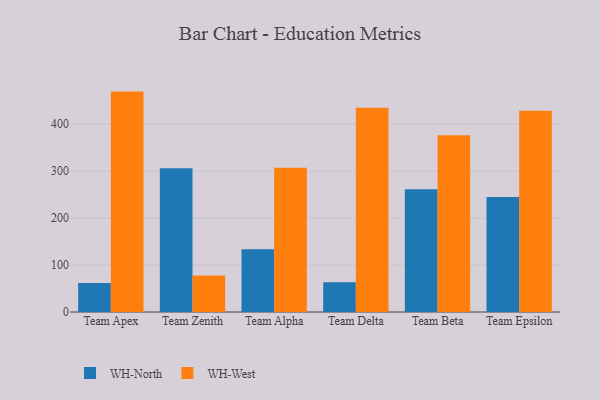
{"axis": {"x": "Team", "y": "Humidity (%)"}, "legend": ["WH-North", "WH-West"], "data": [{"x": "Team Apex", "y": 62.0, "type": "WH-North"}, {"x": "Team Apex", "y": 469.5, "type": "WH-West"}, {"x": "Team Zenith", "y": 306.0, "type": "WH-North"}, {"x": "Team Zenith", "y": 77.9, "type": "WH-West"}, {"x": "Team Alpha", "y": 133.6, "type": "WH-North"}, {"x": "Team Alpha", "y": 307.3, "type": "WH-West"}, {"x": "Team Delta", "y": 63.2, "type": "WH-North"}, {"x": "Team Delta", "y": 435.0, "type": "WH-West"}, {"x": "Team Beta", "y": 261.5, "type": "WH-North"}, {"x": "Team Beta", "y": 376.3, "type": "WH-West"}, {"x": "Team Epsilon", "y": 245.0, "type": "WH-North"}, {"x": "Team Epsilon", "y": 428.6, "type": "WH-West"}]}